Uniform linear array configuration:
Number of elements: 12
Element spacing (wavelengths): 0.25
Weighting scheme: exponential
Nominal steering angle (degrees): -60
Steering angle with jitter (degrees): -59.448
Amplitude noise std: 0.05
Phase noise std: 0.05

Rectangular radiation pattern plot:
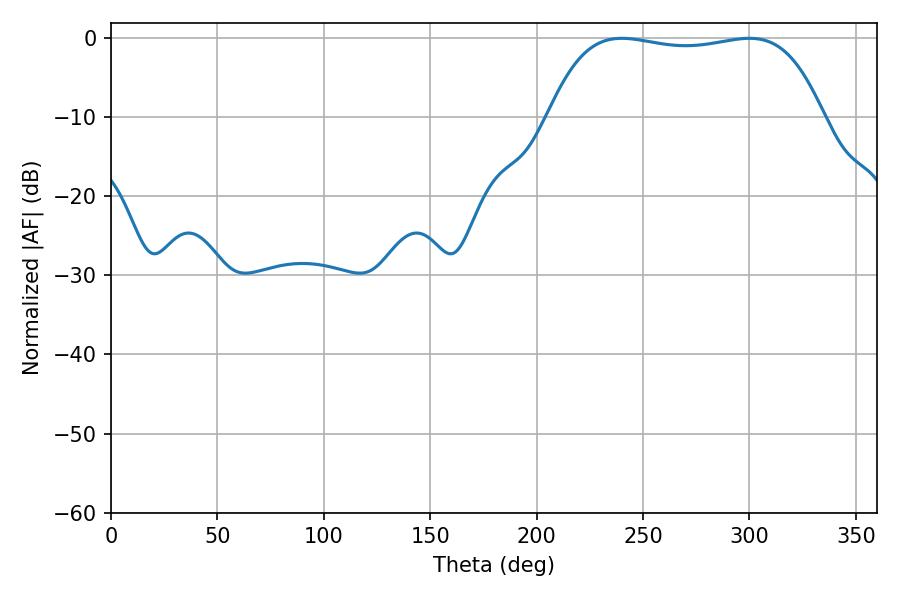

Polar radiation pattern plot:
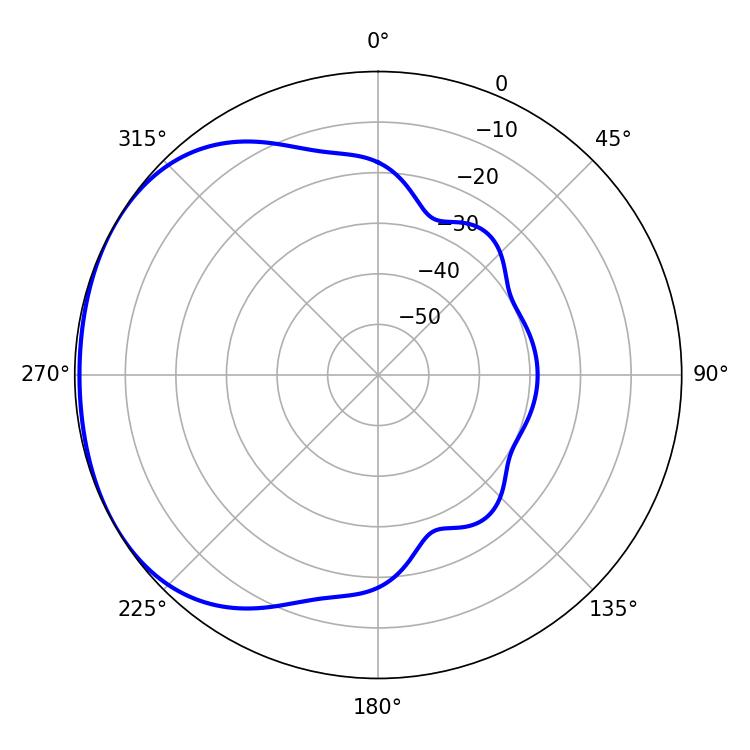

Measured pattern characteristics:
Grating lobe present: FALSE
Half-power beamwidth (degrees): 102.6
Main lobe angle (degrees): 239.94